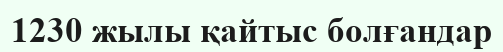
1230 жылы қайтыс болғандар